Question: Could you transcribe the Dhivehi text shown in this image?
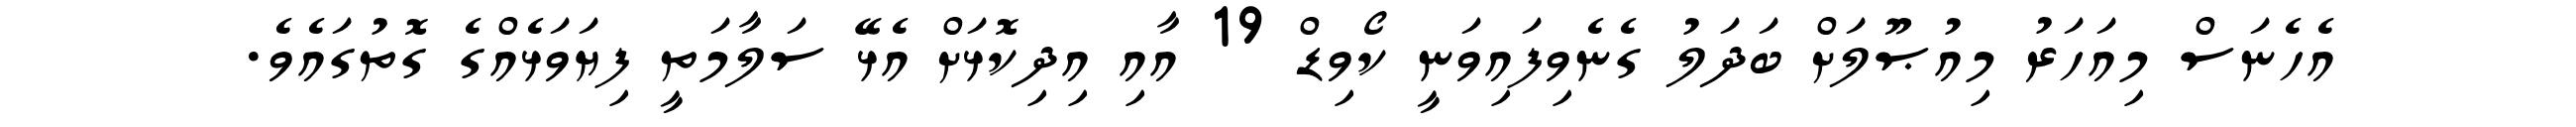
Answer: އެހެނަސް މިއަހަރު މިއުޞޫލަށް ބަދަލު ގެނެވިފައިވަނީ ކޯވިޑް 19 އާއި އިދިކޮޅަށް އެޅޭ ސަލާމަތީ ފިޔަވަޅެއްގެ ގޮތުގައެވެ.